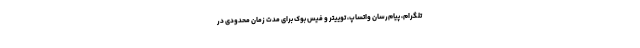
تلگرام، پیام‌رسان واتساپ، توییتر و فیس بوک برای مدت زمان محدودی در